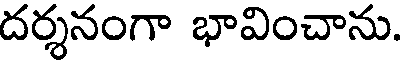
దర్శనంగా భావించాను.